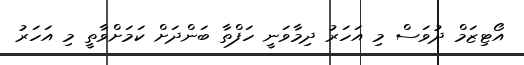
އޯޓިޒަމް ދުވަސް މި އަހަރު ދިމާވަނީ ހަފްތާ ބަންދަށް ކަމަށްވާތީ މި އަހަރު